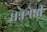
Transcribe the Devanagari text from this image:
धन्नश्रेष्ठी